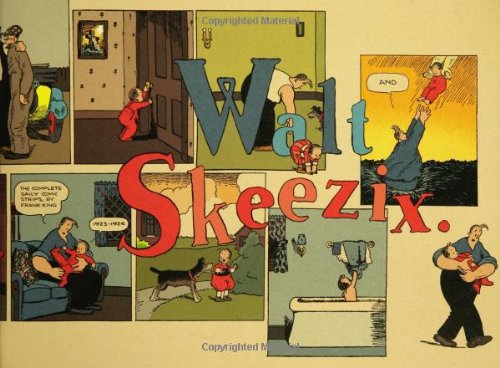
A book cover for Walt and Skeezix, Book 2 (Bk. 2); Frank King; Comics & Graphic Novels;